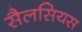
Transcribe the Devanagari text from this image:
सैलसियस